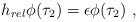
\begin{align*}h_{rel} \phi (\tau_2) = \epsilon \phi (\tau_2)\ ,\end{align*}